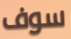
سوف